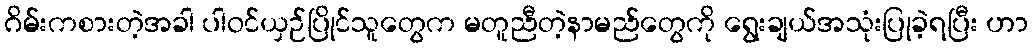
ဂိမ်းကစားတဲ့အခါ ပါဝင်ယှဉ်ပြိုင်သူတွေက မတူညီတဲ့နာမည်တွေကို ရွေးချယ်အသုံးပြုခဲ့ရပြီး ဟာ